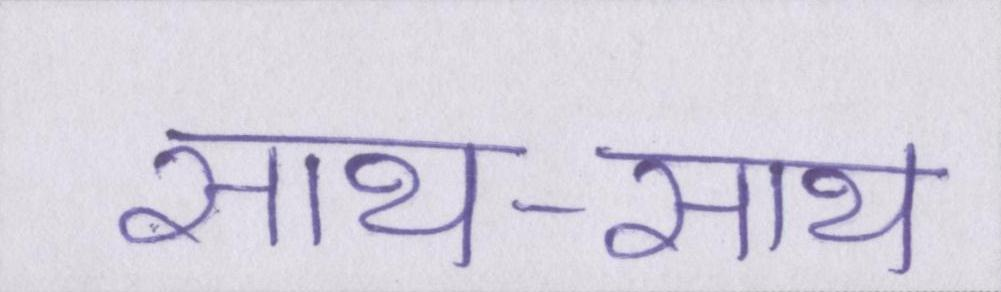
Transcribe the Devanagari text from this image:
साथ-साथ